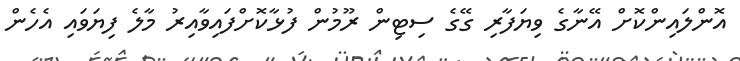
އޮންލައިންކޮށް އޭނާގެ ވިޔަފާރި ގޭގެ ސިޓިން ރޫމުން ފުޅާކޮށްފައިވާއިރު މާލެ ފިޔަވައި އެހެން